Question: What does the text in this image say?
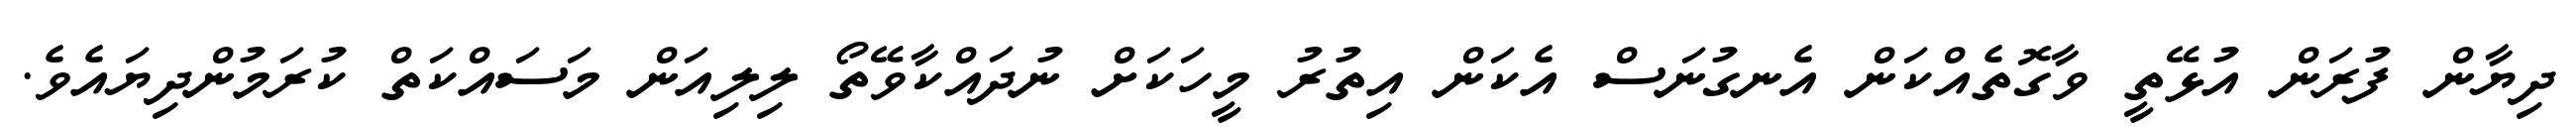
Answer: ދިޔާން ފުރަން އުޅޭތީ ވާގޮތެއްކަން އެނގުނަސް އެކަން އިތުރު މީހަކަށް ނުދައްކާވޭތޯ ލިލިއަން މަސައްކަތް ކުރަމުންދިޔައެވެ.